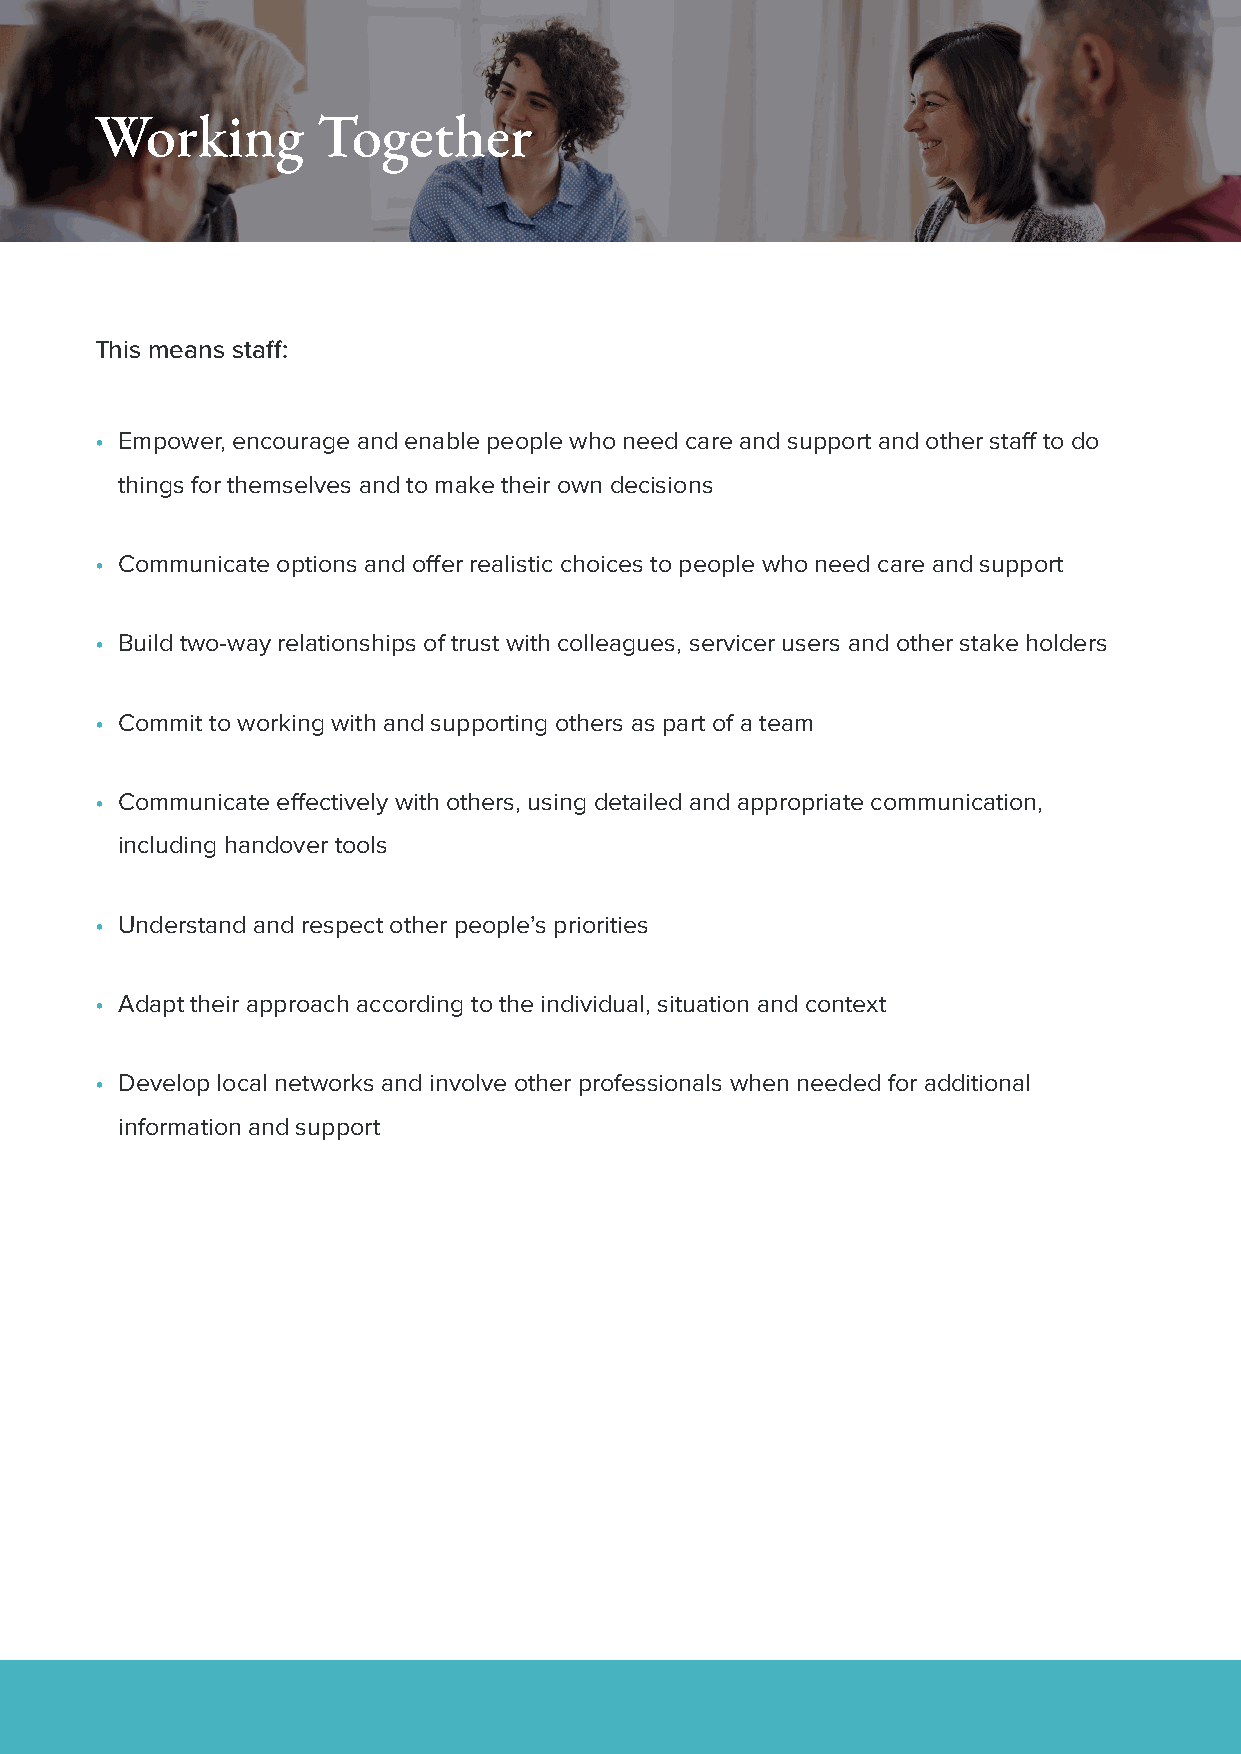
Working        Together
 This means staff:
 • Empower, encourage and enable people who need care and support and other staff to do
 things for themselves and to make their own decisions
 • Communicate options and offer realistic choices to people who need care and support
 • Build two-way relationships of trust with colleagues, servicer users and other stake holders
 • Commit to working with and supporting others as part of a team
 • Communicate effectively with others, using detailed and appropriate communication,
 including handover tools
 • Understand and respect other people’s priorities
 • Adapt their approach according to the individual, situation and context
 • Develop local networks and involve other professionals when needed for additional
 information and support